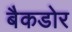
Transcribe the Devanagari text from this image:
बैकडोर